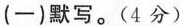
(一)默写。(4分)